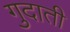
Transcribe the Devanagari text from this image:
गुदाती